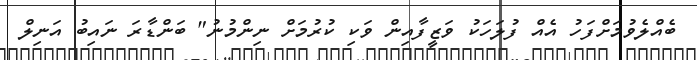
ބެއްލެވުމަށްފަހު އެއް ފުލަހަކު ވަޒީފާއިން ވަކި ކުރުމަށް ނިންމުނު" ބަންޑާރަ ނައިބު އަނިލް